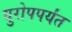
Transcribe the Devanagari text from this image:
युरोपपर्यंत